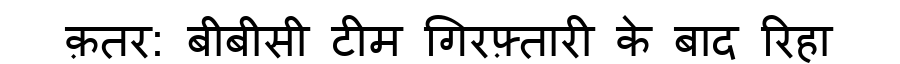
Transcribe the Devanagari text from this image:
क़तर: बीबीसी टीम गिरफ़्तारी के बाद रिहा